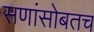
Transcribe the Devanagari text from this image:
सणांसोबतच